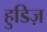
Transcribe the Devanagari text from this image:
हुडिज़